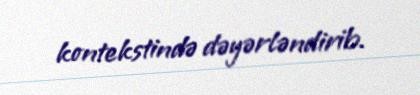
kontekstində dəyərləndirib.